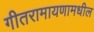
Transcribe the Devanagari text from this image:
गीतरामायणामधील